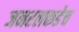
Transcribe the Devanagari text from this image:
जनरलकडेच